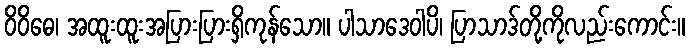
ဝိဝိဓေ၊ အထူးထူးအပြားပြားရှိကုန်သော။ ပါသာဒေဝါပိ၊ ပြာသာဒ်တို့ကိုလည်းကောင်း။